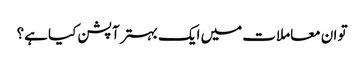
تو ان معاملات میں ایک بہتر آپشن کیا ہے؟